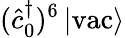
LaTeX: (\hat{c}_{0}^{\dagger})^{6}\left|\mathrm{vac}\right\rangle